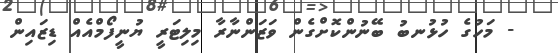
- މަހުގެ ހުޅުނބު ބޭނުންކޮށްގެން ވަޒަންނާރާ މިލިޓަރީ ޔުނީފޯމްއެއް ޑިޒައިން